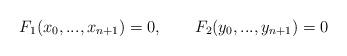
LaTeX: \begin{align*} F_1(x_0,...,x_{n+1})=0, ~~~~~~ F_2(y_0,...,y_{n+1})=0 \end{align*}